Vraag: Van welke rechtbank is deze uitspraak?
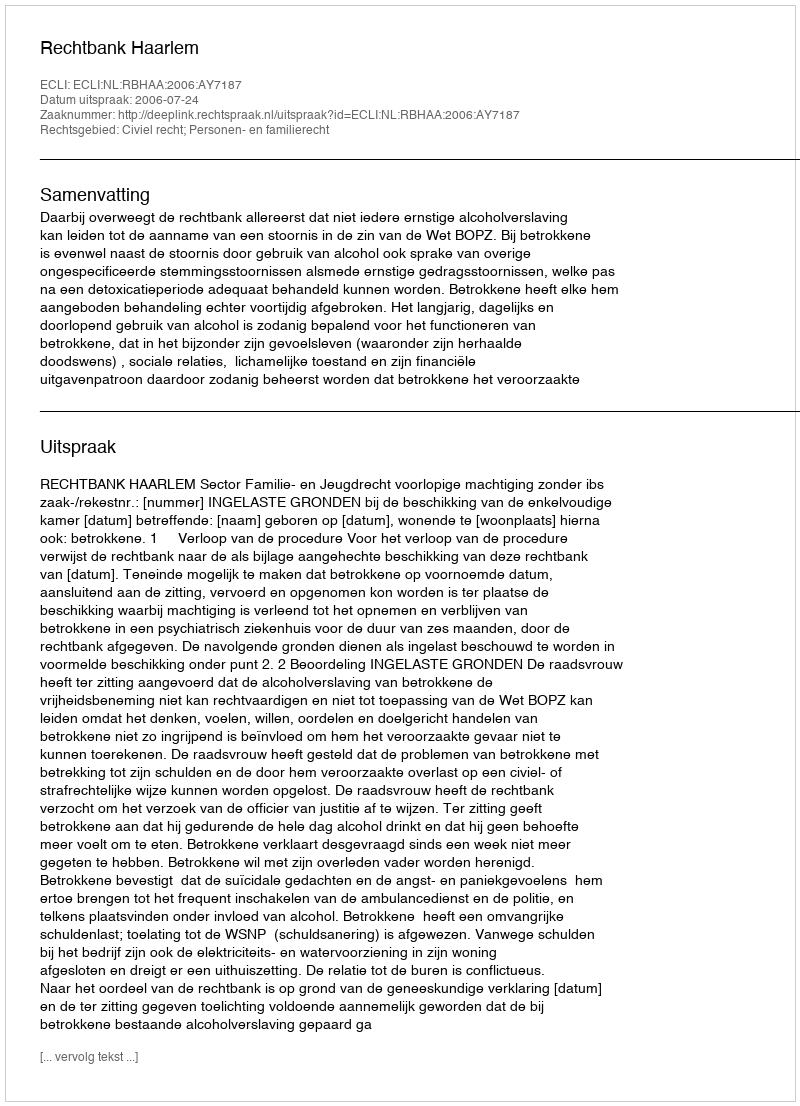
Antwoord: Rechtbank Haarlem